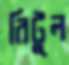
রিটুল